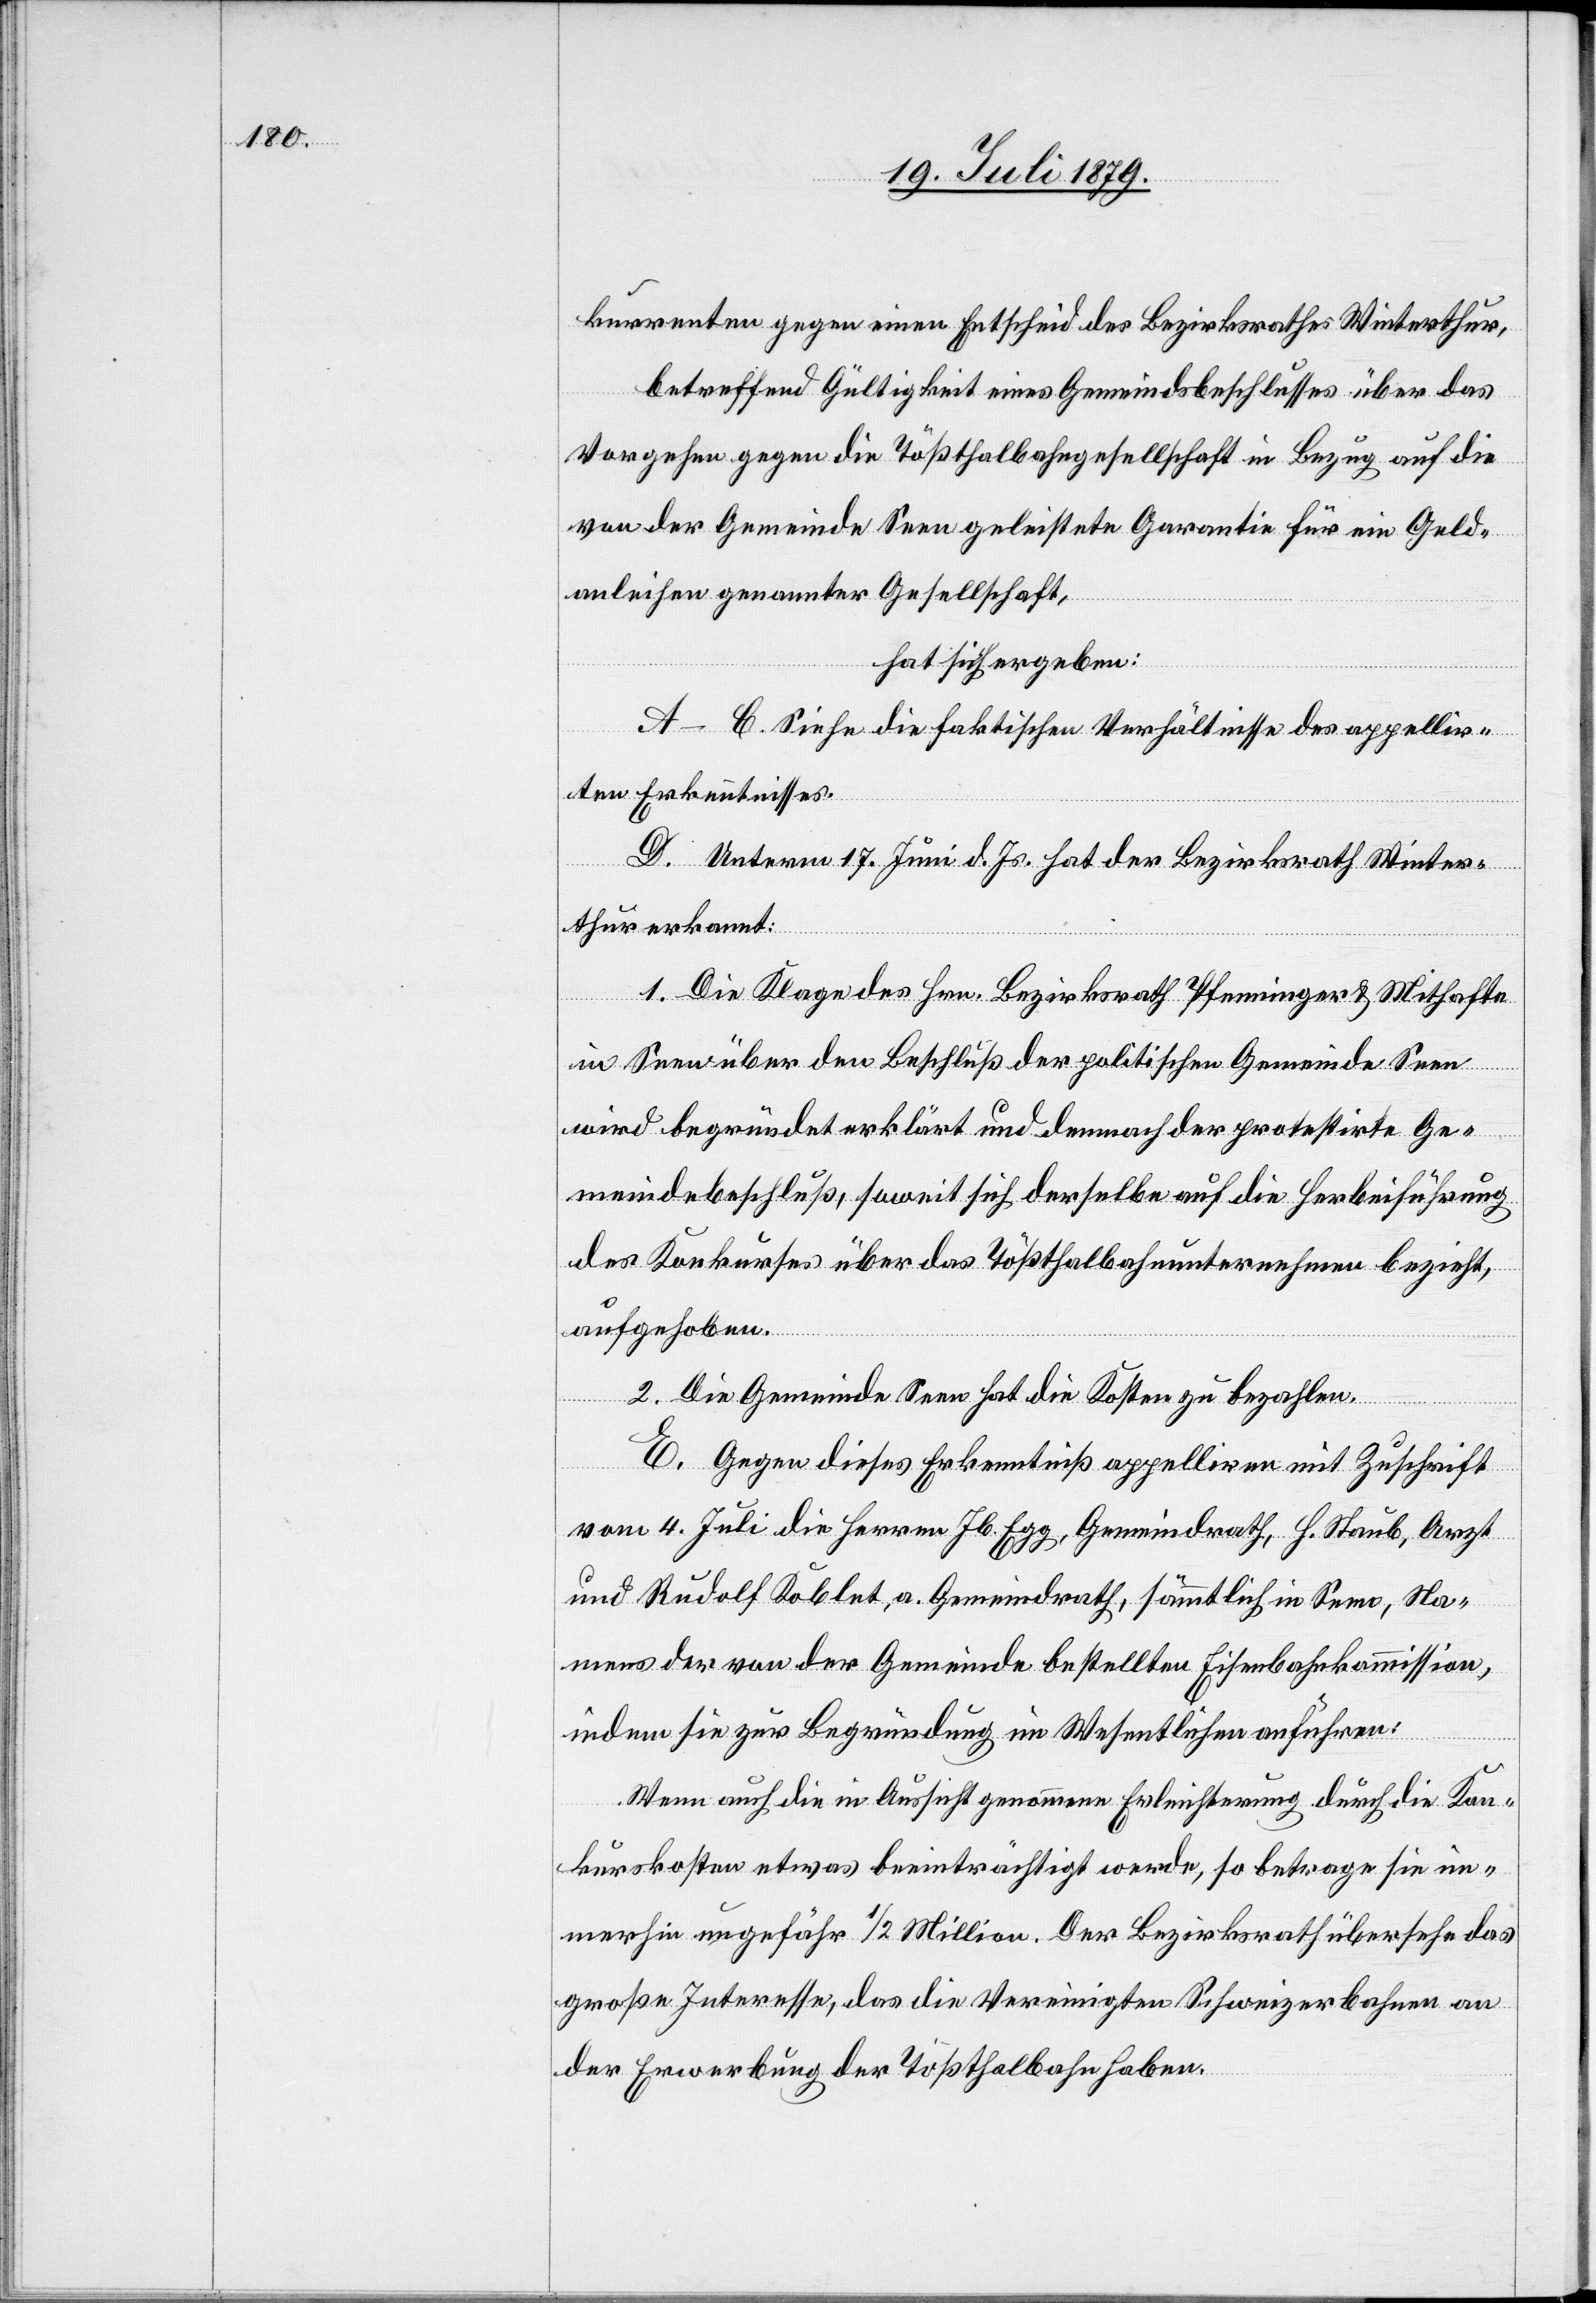
kurrenten gegen einen Entscheid des Bezirksrathes Winterthur,
betreffend Gültigkeit eines Gemeindsbeschlusses über das
Vorgehen gegen die Tößthalbahngesellschaft in Bezug auf die
von der Gemeinde Seen geleistete Garantie für ein Geld¬
anleihen genannter Gesellschaft,
hat sich ergeben:
A–C. Siehe die faktischen Verhältnisse des appellir¬
ten Erkenntnisses.
D. Unterm 17. Juni d. Js. hat der Bezirksrath Winter¬
thur erkannt:
1. Die Klage des Hrn. Bezirksrath Pfenninger & Mithafte
in Seen über den Beschluß der politischen Gemeinde Seen
wird begründet erklärt und demnach der protestirte Ge¬
meindebeschluß, soweit sich derselbe auf die Herbeiführung
des Konkurses über das Tößthalbahnunternehmen bezieht,
aufgehoben.
2. Die Gemeinde Seen hat die Kosten zu bezahlen.
E. Gegen dieses Erkenntniß appelliren mit Zuschrift
vom 4. Juli die Herren Jb. Egg, Gemeindrath, H. Staub, Arzt
und Rudolf Koblet, a. Gemeindrath, sämmtlich in Seen, Na¬
mens der von der Gemeinde bestellten Eisenbahnkommission,
indem sie zur Begründung im Wesentlichen anführen:
Wenn auch die in Aussicht genommene Erleichterung durch die Kon¬
kurskosten etwas beeinträchtigt werde, so betrage sie im¬
merhin ungefähr 1/2 Million. Der Bezirksrath übersehe das
große Interesse, das die Vereinigten Schweizerbahnen an
der Erwerbung der Tößthalbahn haben.